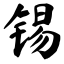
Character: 锡